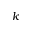
k